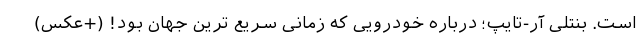
است. بنتلی آر-تایپ؛ درباره خودرویی که زمانی سریع ترین جهان بود! (+عکس)